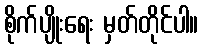
စိုက်ပျိုးရေး မှတ်တိုင်ပါ။